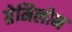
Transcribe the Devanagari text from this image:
ग्रेमिलोन